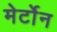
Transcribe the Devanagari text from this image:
मेर्टोन